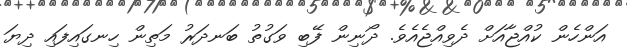
އަންހެން ކުއްޖާއަށް ދެވިއްޖެއެވެ. ދޯނިން ފޭބި ވަގުތު ބަނދަރު މަތިން ހިނގައިފައި ދިޔަ